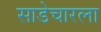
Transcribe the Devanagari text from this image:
साडेचारला